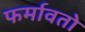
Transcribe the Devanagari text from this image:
फर्मावतो